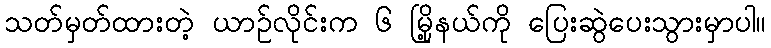
သတ်မှတ်ထားတဲ့ ယာဉ်လိုင်းက ၆ မြို့နယ်ကို ပြေးဆွဲပေးသွားမှာပါ။